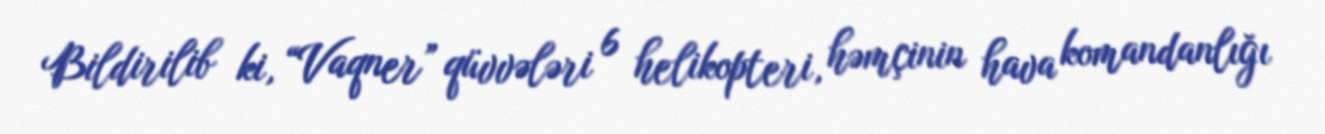
Bildirilib ki, “Vaqner” qüvvələri 6 helikopteri, həmçinin hava komandanlığı